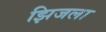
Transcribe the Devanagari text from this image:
झिजला